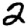
Digit: 2